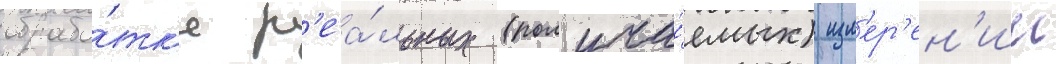
обрабо́тк'е р'еа́льных (получа́емых) изм'ер'ен'ии